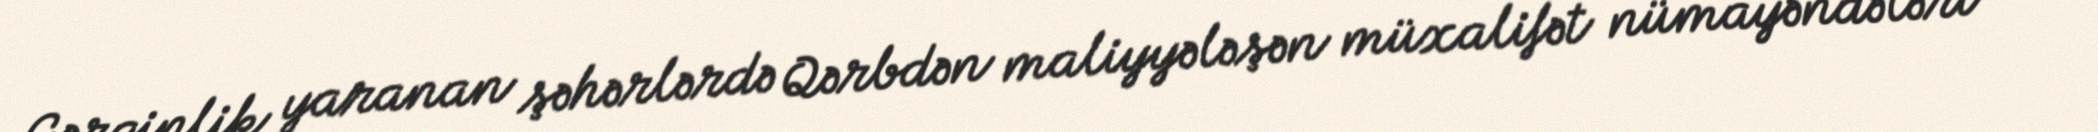
Gərginlik yaranan şəhərlərdə Qərbdən maliyyələşən müxalifət nümayəndələri və